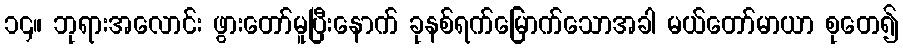
၁၄။ ဘုရားအလောင်း ဖွားတော်မူပြီးနောက် ခုနစ်ရက်မြောက်သောအခါ မယ်တော်မာယာ စုတေ၍